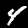
Digit: 4